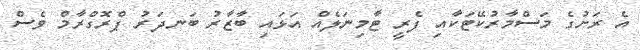
އެ ރަށުގެ މަސްމާރުކޭޓަކާއި ފެރީ ޓާމިނަލެއް އަޅައި ބާޒާރު ބަނދަރު ޕްރޮގްރާމް ވެސް